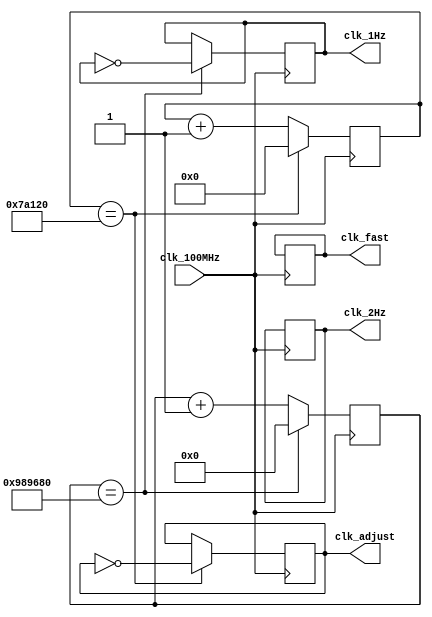
`timescale 1ns / 1ps
//////////////////////////////////////////////////////////////////////////////////
// Company: 
// Engineer: 
// 
// Design Name: 
// Module Name: clk
// Project Name: 
// Target Devices: 
// Tool Versions: 
// Description: 
// 
// Dependencies: 
// 
// Revision:
// Revision 0.01 - File Created
// Additional Comments:
// 
//////////////////////////////////////////////////////////////////////////////////


module clk(
 input clk_100MHz,  // 100 MHz master clock input
   
   output reg clk_2Hz,    // 2 Hz clock output
   output reg clk_1Hz,    // 1 Hz clock output
   output reg clk_fast,   // Faster clock output (50 - 700 Hz)
   output reg clk_adjust  // Clock for blinking in adjust mode (>1 Hz)

    );
    
    reg [23:0] counter_2Hz;
    reg [24:0] counter_1Hz;
    reg [9:0] counter_fast;
    reg [22:0] counter_adjust;
    
    initial begin 
         clk_2Hz <= 0;
         clk_1Hz <= 0;
         clk_fast <= 0;
         clk_adjust <= 0;
     counter_2Hz <= 0;
       counter_1Hz <= 0;
       counter_fast <=0;
       counter_adjust <= 0;
    end
    
    always @(posedge clk_100MHz) begin
        counter_2Hz <= counter_2Hz + 1;
        counter_1Hz <= counter_1Hz + 1;
        counter_fast <= counter_fast + 1;
        counter_adjust <= counter_adjust + 1;
    
        if (counter_2Hz == 500000000) begin
            clk_2Hz <= ~clk_2Hz;
            counter_2Hz <= 0;
        end
    
        if (counter_1Hz == 100_00_000) begin
            clk_1Hz <= ~clk_1Hz;
            counter_1Hz <= 0;
        end
    
        if (counter_fast == 1000000) begin
            clk_fast <= ~clk_fast;
            counter_fast <= 0;
        end
    
        if (counter_adjust == 500000) begin
            clk_adjust <= ~clk_adjust;
            counter_adjust <= 0;
        end
    end
endmodule